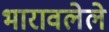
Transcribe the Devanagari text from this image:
भारावलेले